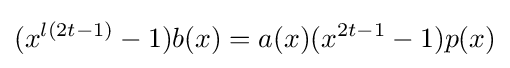
(x^{l(2t-1)}-1)b(x)=a(x)(x^{2t-1}-1)p(x)